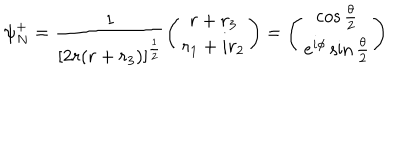
\psi _ { N } ^ { + } = \frac { 1 } { [ 2 r ( r + r _ { 3 } ) ] ^ { \frac { 1 } { 2 } } } \left( \begin{array} { c } { { r + r _ { 3 } } } \\ { { r _ { 1 } + i r _ { 2 } } } \\ \end{array} \right) = \left( \begin{array} { c } { { \cos \frac { \theta } { 2 } } } \\ { { e ^ { i \phi } \sin \frac { \theta } { 2 } } } \\ \end{array} \right)